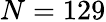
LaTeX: N=129